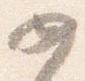
如